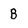
Character: B